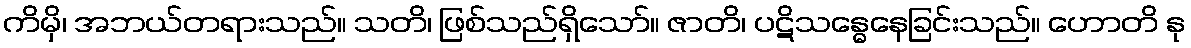
ကိမှိ၊ အဘယ်တရားသည်။ သတိ၊ ဖြစ်သည်ရှိသော်။ ဇာတိ၊ ပဋိသန္ဓေနေခြင်းသည်။ ဟောတိ နု